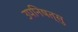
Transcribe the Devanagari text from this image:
उपनिषत्सु